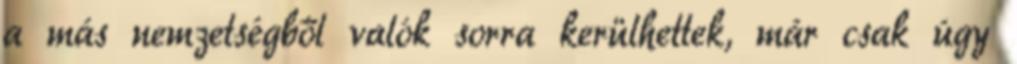
a más nemzetségből valók sorra kerülhettek, már csak úgy